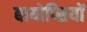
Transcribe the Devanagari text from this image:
बायोप्‍िसयों